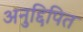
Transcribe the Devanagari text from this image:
अनुद्दिपित